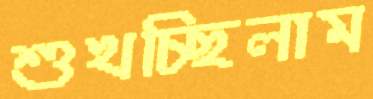
শুখচ্ছিলাম